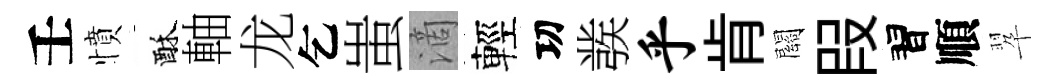
壬憤酥軸龙乞蚩滴輕㓛彂乎肯關叚習順翆